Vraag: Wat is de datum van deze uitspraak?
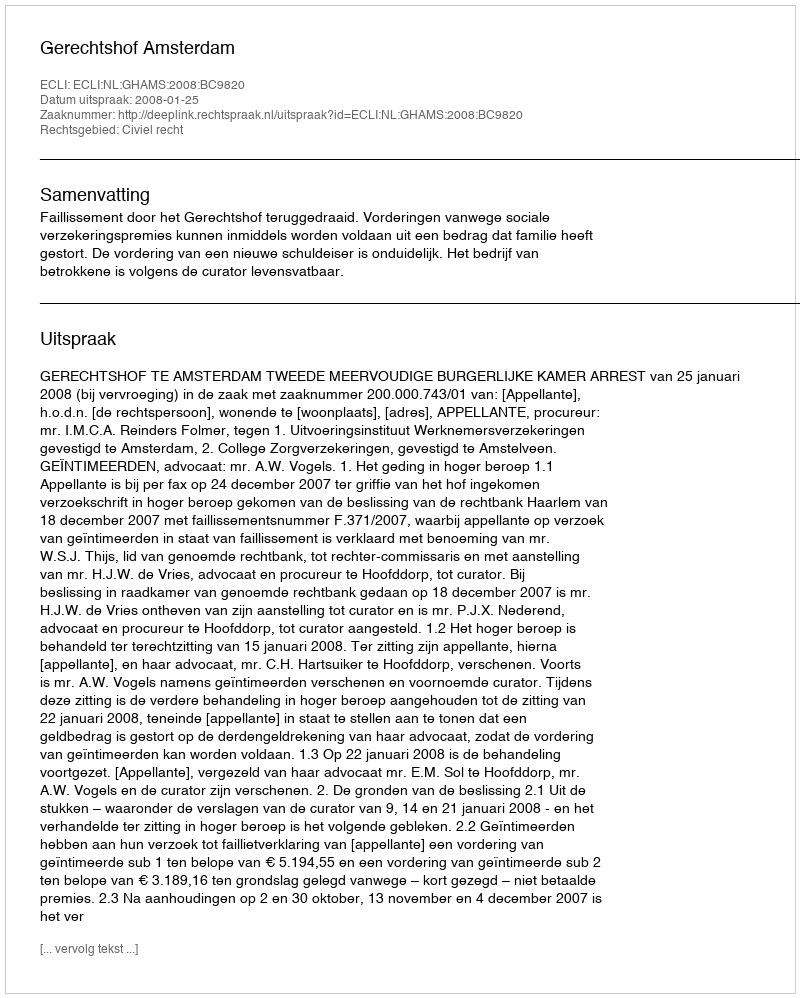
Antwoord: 2008-01-25